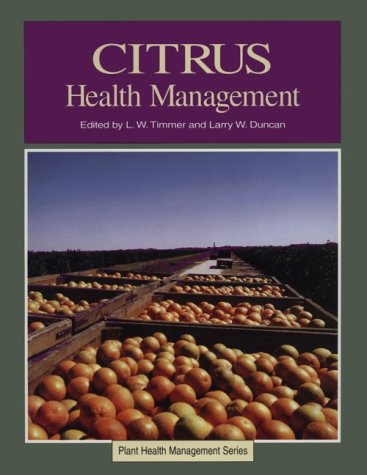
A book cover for Citrus Health Management (The Plant Health Management); L. W. Timmer; Crafts, Hobbies & Home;